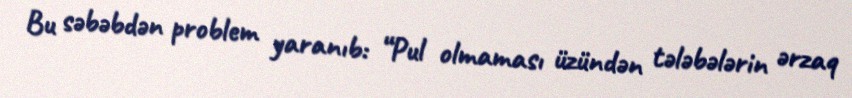
Bu səbəbdən problem yaranıb: “Pul olmaması üzündən tələbələrin ərzaq